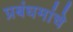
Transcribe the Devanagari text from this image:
प्रबंधमांचे